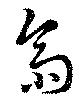
齋